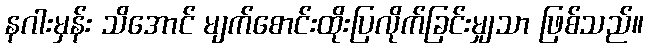
နဂါးမှန်း သိအောင် မျက်စောင်းထိုးပြလိုက်ခြင်းမျှသာ ဖြစ်သည်။